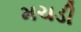
મચડી